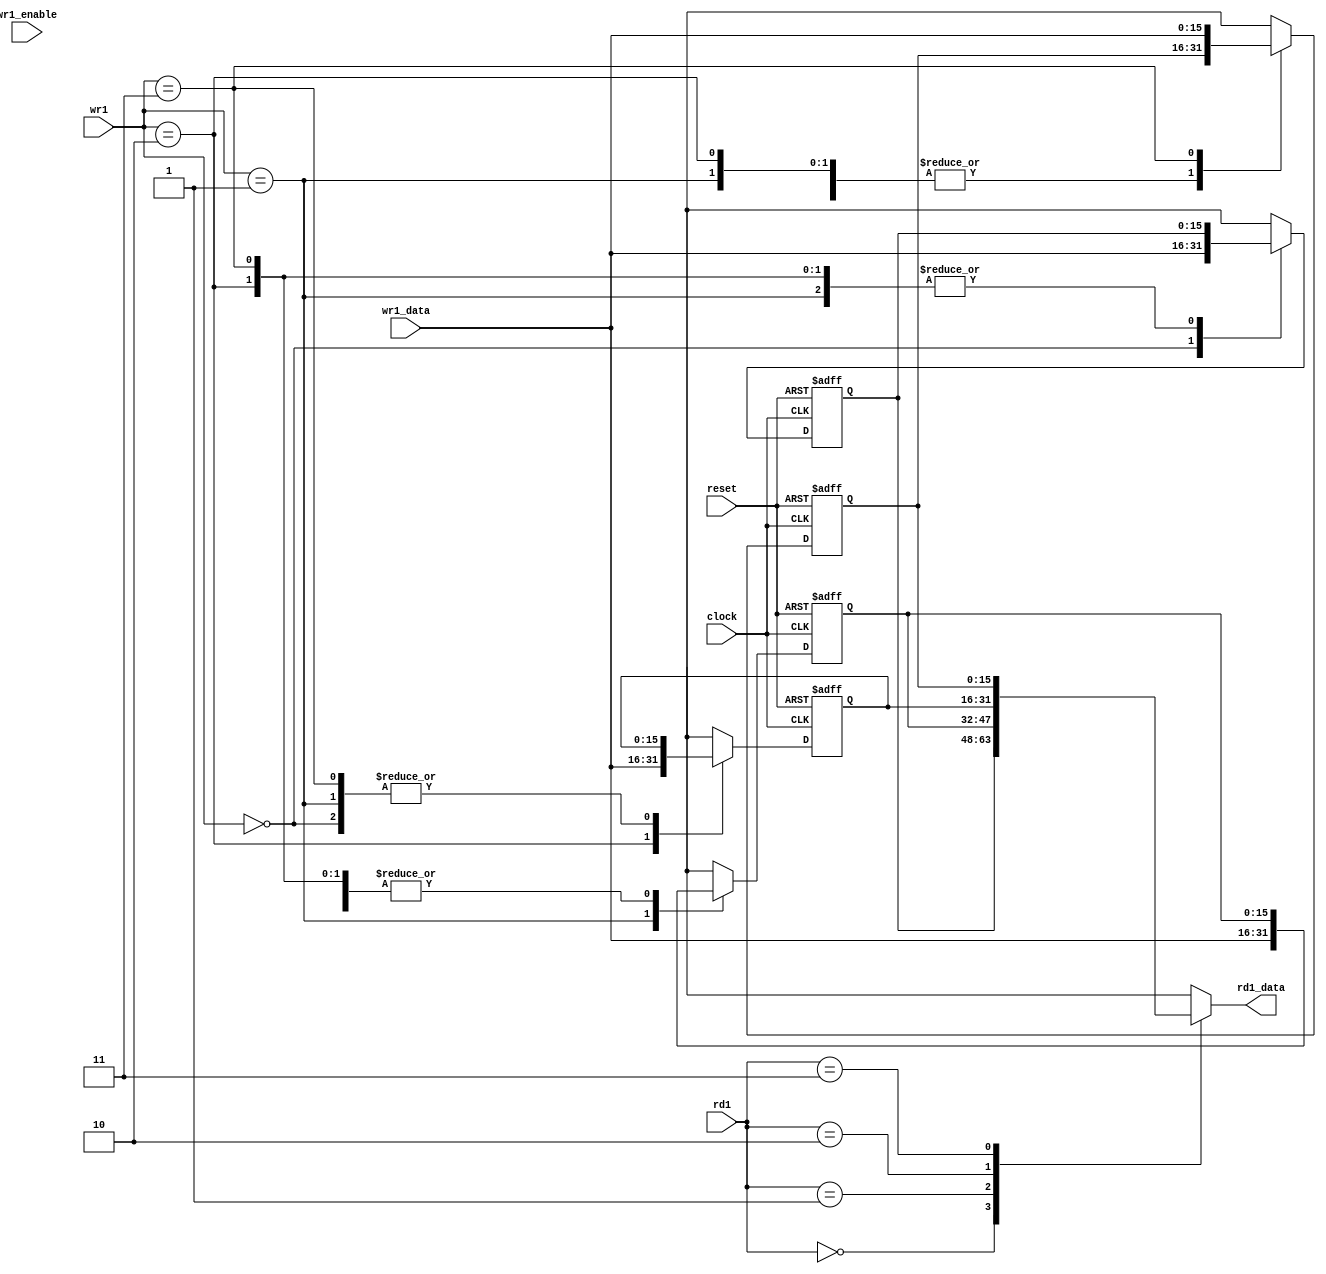

module regfile (
    // This component stores state, so needs a clock and a reset
    clock,
    reset,

    // The register file has two ports: one read, one write

    // Inputs
    rd1,        // Which register to read for read port 1

    wr1,        // Which register to write for write port 1 (WP1)
    wr1_data,   // What to write to the register for WP1
    wr1_enable, // Whether or not we should write to WP1 this cycle

    // Outputs
    rd1_data    // The data stored in the register specified by rd1
    );

input clock;
input reset;

input [1:0]     rd1;            // 2 bits wide, because we have 4 registers
input [1:0]     wr1;
input [15:0]    wr1_data;       // 16 bits wide, because that is our data width
input           wr1_enable;

output [15:0]  rd1_data;        // 16 bits wide, because that is our data width

//// Internal variables
reg [15:0] registers [0:3];

// This is the sequential bit of the register file. We also use the positive
// edge of the reset signal in the sensitivity list to infer an asynchronous
// reset - we want to reset whenever we see that signal, rather than just on a
// clock edge.
always @(posedge clock or posedge reset) begin
    if (reset) begin
        // reset the registers
        registers[0] = 0;
        registers[1] = 0;
        registers[2] = 0;
        registers[3] = 0;
    end
    else begin
        // This is our sequential part, i.e. we want to copy the data on the
        // write port into the respective register, if write is enabled.
        registers[wr1] = wr1_data;
    end
end

// This is the combinatorial bit of the design - whenever the registers
// change, or the register we want to read changes, we change the output.
assign rd1_data = registers[rd1];

endmodule